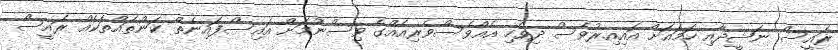
ރައީސް ނަޝީދާއި ހަމައަށް އައިއިރުވެސް ދިވެހި އެއްވެސްވެރިއެއްގެ ވިސްނުމަށް އައިސްފައިނެތް ކަންތައްތަކެއް ރައީސް